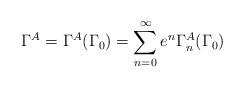
LaTeX: \begin{align*}\Gamma^{A}=\Gamma^{A}(\Gamma_{0})=\sum_{n=0}^{\infty}e^{n}\Gamma_{n}^{A}(\Gamma_{0})\end{align*}